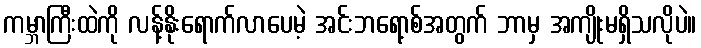
ကမ္ဘာကြီးထဲကို လန့်နိုးရောက်လာပေမဲ့ အင်းဘရော့စ်အတွက် ဘာမှ အကျိုးမရှိသလိုပဲ။